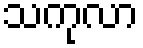
သကုလာ